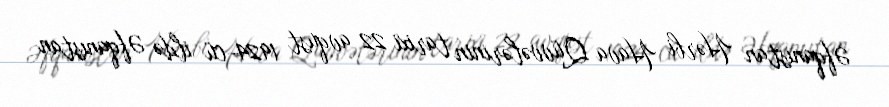
Əfqanıstan Hərbi Hava Qüvvələrinin tarixi 22 avqust 1924-cü ildə Əfqanıstan